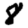
Digit: 8